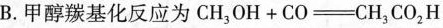
B.甲醇羰基化反应为$$C H _ {3} O H + C O \xrightarrow C H _ { 3 } C O _{ 2 }